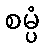
စမ္ပံ